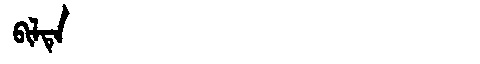
Manchu: ᠪᡳᠯᡨᡝ
Romanization: BILTE